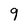
Character: 9